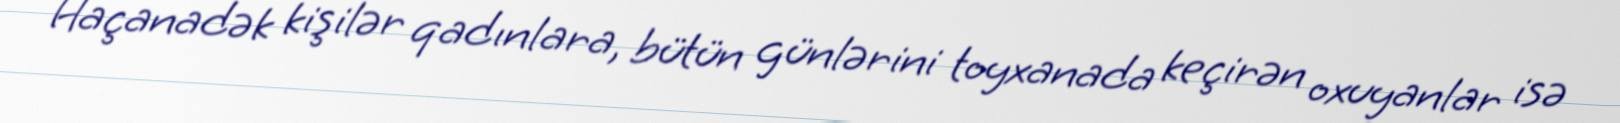
Haçanadək kişilər qadınlara, bütün günlərini toyxanada keçirən oxuyanlar isə